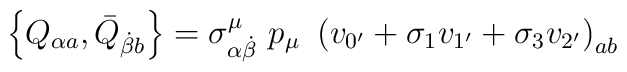
\left\{ Q_{\alpha a},\bar{Q}_{\dot{\beta}b}\right\} =\sigma _{\alpha \dot{\beta}}^\mu \,\,p_\mu \,\,\left( v_{0^{\prime }}+\sigma _1v_{1^{\prime}}+\sigma _3v_{2^{\prime }}\right) _{ab}